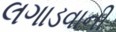
લગાડવાની